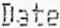
DATE